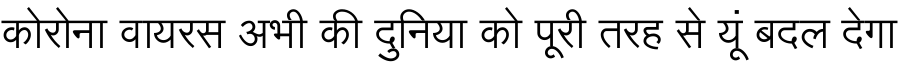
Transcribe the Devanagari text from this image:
कोरोना वायरस अभी की दुनिया को पूरी तरह से यूं बदल देगा